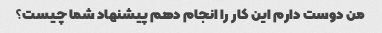
من دوست دارم این کار را انجام دهم پیشنهاد شما چیست؟